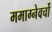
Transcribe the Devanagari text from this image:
ममाग्नेवर्चो